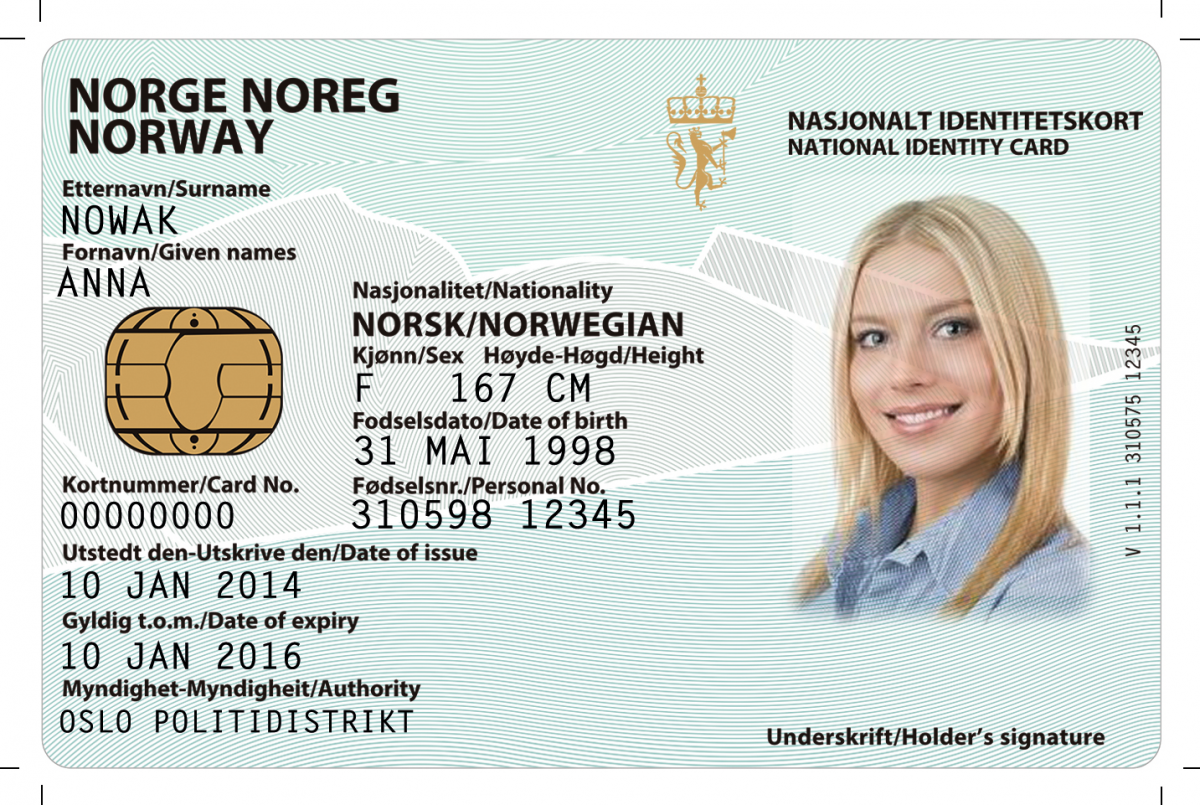
Language: no